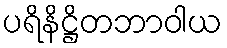
ပရိနိဋ္ဌိတဘာဝါယ